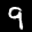
Digit: 9